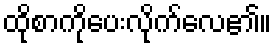
ထိုစာကိုပေးလိုက်လေ၏။